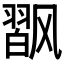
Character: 𱃟